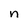
Character: n